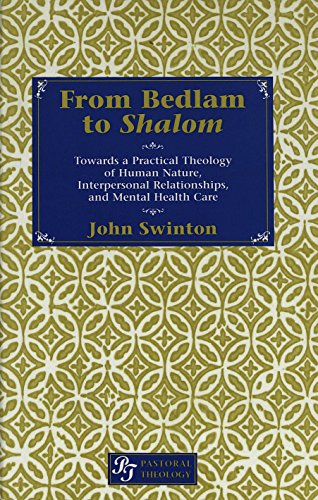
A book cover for From Bedlam to <I>Shalom</I>: Towards a Practical Theology of Human Nature, Interpersonal Relationships, and Mental Health Care (Pastoral Theology); John Swinton; Christian Books & Bibles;